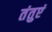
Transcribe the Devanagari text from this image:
तंतुएं